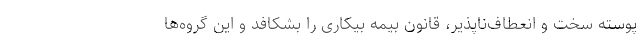
پوسته سخت و انعطاف‌ناپذیر، قانون بیمه بیکاری را بشکافد و این گروه‌ها